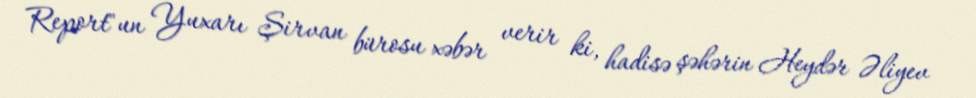
Report"un Yuxarı Şirvan bürosu xəbər verir ki, hadisə şəhərin Heydər Əliyev